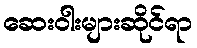
ဆေးဝါးများဆိုင်ရာ